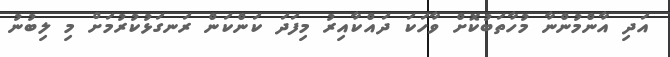
އަދި އާންމުންނާ މުހާތަބުކޮށް ވާހަކަ ދައްކާއިރު މިފަދަ ކަންކަން ރަނގަޅުކުރުމަށް މި ލިބުނު